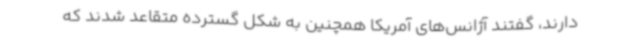
دارند، گفتند آژانس‌های آمریکا همچنین به شکل گسترده متقاعد شدند که